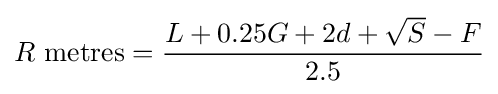
R{\mbox{ metres}}={\frac {L+0.25G+2d+{\sqrt {S}}-F}{2.5}}